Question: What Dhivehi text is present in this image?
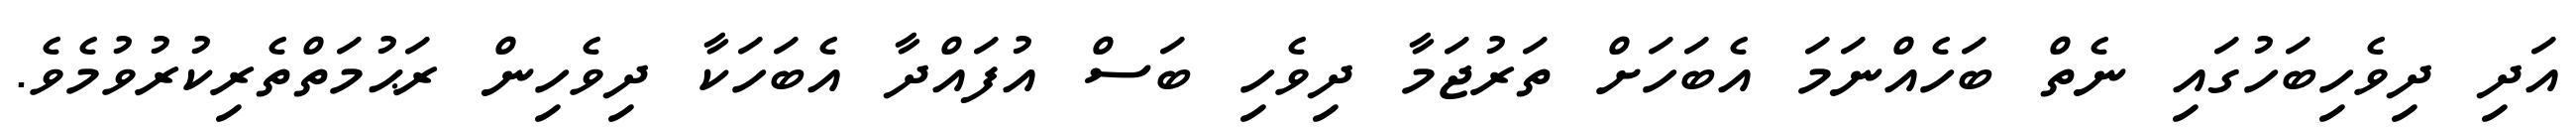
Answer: އަދި ދިވެހިބަހުގައި ނެތް ބަހެއްނަމަ އެބަހަށް ތަރުޖަމާ ދިވެހި ބަސް އުފައްދާ އެބަހަކާ ދިވެހިން ރަޙުމަތްތެރިކުރުވުމެވެ.